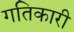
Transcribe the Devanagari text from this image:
गतिकारी